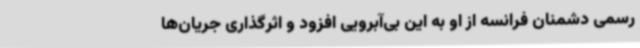
رسمی دشمنان فرانسه از او به این بی‌آبرویی افزود و اثرگذاری جریان‌ها